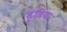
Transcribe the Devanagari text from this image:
टुड़िया